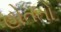
હોતતો